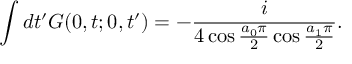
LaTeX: \int d t ^ { \prime } G ( 0 , t ; 0 , t ^ { \prime } ) = - \frac { i } { 4 \cos \frac { a _ { 0 } \pi } { 2 } \cos \frac { a _ { 1 } \pi } { 2 } } .